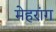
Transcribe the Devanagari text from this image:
मेहरांग